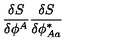
\frac { \delta S } { \delta \phi ^ { A } } \frac { \delta S } { \delta \phi _ { A a } ^ { \ast } }